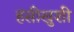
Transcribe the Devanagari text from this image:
हंसीखुशी